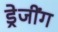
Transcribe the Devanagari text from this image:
ड्रेजींग